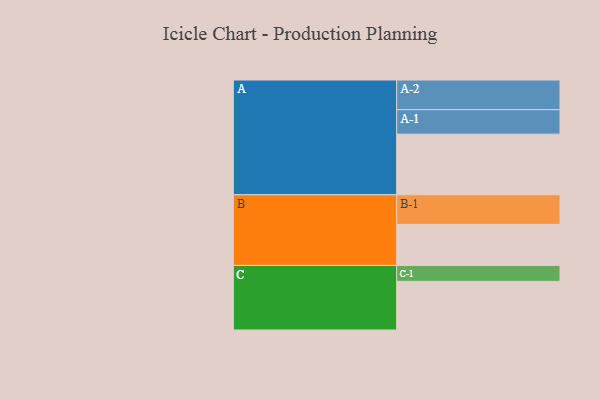
{"axis": {"x": "Segment", "y": "Value"}, "legend": ["", "A", "B", "C"], "data": [{"x": "A", "y": 540, "type": ""}, {"x": "B", "y": 365, "type": ""}, {"x": "C", "y": 433, "type": ""}, {"x": "A-1", "y": 218, "type": "A"}, {"x": "A-2", "y": 264, "type": "A"}, {"x": "B-1", "y": 264, "type": "B"}, {"x": "C-1", "y": 142, "type": "C"}]}